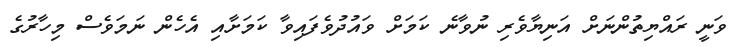
ވަނީ ރައްޔިތުންނަށް އަނިޔާވެރި ނުވާނެ ކަމަށް ވައުދުވެފައިވާ ކަމަށާއި އެހެން ނަމަވެސް މިހާރުގެ